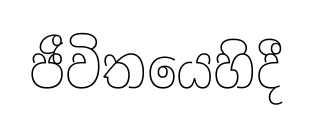
ජීවිතයෙහිදී